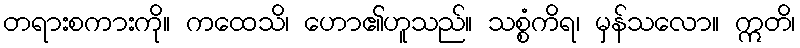
တရားစကားကို။ ကထေသိ၊ ဟော၏ဟူသည်။ သစ္စံကိရ၊ မှန်သလော။ ဣတိ၊